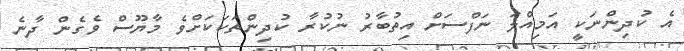
އެ ކުދިންނަކީ އަމިއްލަ ނަފްސަށް އިތުބާރު ނުކުރާ ކުދިންތަކަކަށްވެ މާޔޫސް ވެގެން ދާނެ